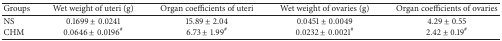
<table><thead><tr><td><b>Groups</b></td><td><b>Wet weight of uteri (g)</b></td><td><b>Organ coefficients of uteri</b></td><td><b>Wet weight of ovaries (g)</b></td><td><b>Organ coefficients of ovaries</b></td></tr></thead><tbody><tr><td>NS</td><td>0.1699 ± 0.0241</td><td>15.89 ± 2.04</td><td>0.0451 ± 0.0049</td><td>4.29 ± 0.55</td></tr><tr><td>CHM</td><td>0.0646 ± 0.0196<sup>#</sup></td><td>6.73 ± 1.99<sup>#</sup></td><td>0.0232 ± 0.0021<sup>#</sup></td><td>2.42 ± 0.19<sup>#</sup></td></tr></tbody></table>